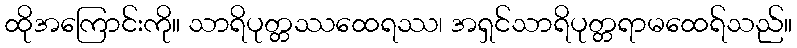
ထိုအကြောင်းကို။ သာရိပုတ္တဿထေရဿ၊ အရှင်သာရိပုတ္တရာမထေရ်သည်။